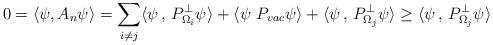
LaTeX: \begin{align*}0=\langle \psi, A_n \psi\rangle =\sum_{i\neq j}\langle \psi\,,\, P_{\Omega_i}^{\perp}\psi \rangle +\langle \psi\,\, P_{vac}\psi \rangle+\langle \psi\,,\, P_{\Omega_j}^{\perp}\psi\rangle\geq \langle \psi\,,\, P_{\Omega_j}^{\perp}\psi\rangle\end{align*}